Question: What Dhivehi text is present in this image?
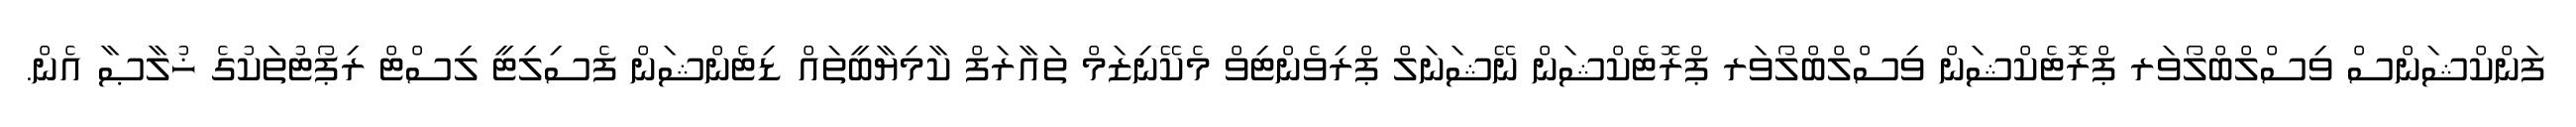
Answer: ފަންކްޝަންސް ވިސްލްބްލޯވަރ ޕްރޮޓެކްޝަން ވިސްލްބްލޯވަރ ޕްރޮޓެކްޝަން ނޭޝަނަލް ޕްރިވެންޓިވް މެކޭނިޒަމް ތައާރަފް ކާމިޔާބީތައް ޑިޓެންޝަން ފެސިލިޓީ ލިސްޓް ރިޕޯޓުތަކުގެ ޚުލާޞާ އެން.